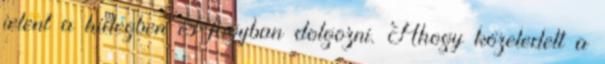
jelent a hidegben és fagyban dolgozni. Ahogy közeledett a